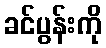
ခင်ပွန်းကို